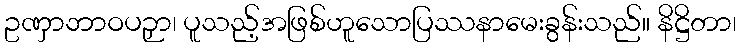
ဥဏှာဘာဝပဉှာ၊ ပူသည့်အဖြစ်ဟူသောပြဿနာမေးခွန်းသည်။ နိဋ္ဌိတာ၊